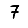
Digit: 7